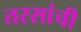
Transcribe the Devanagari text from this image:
तरसांची